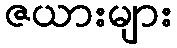
ဇယားများ